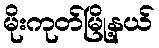
မိုးကုတ်မြို့နယ်